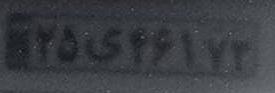
۲۵ی۴۶۱۷۳